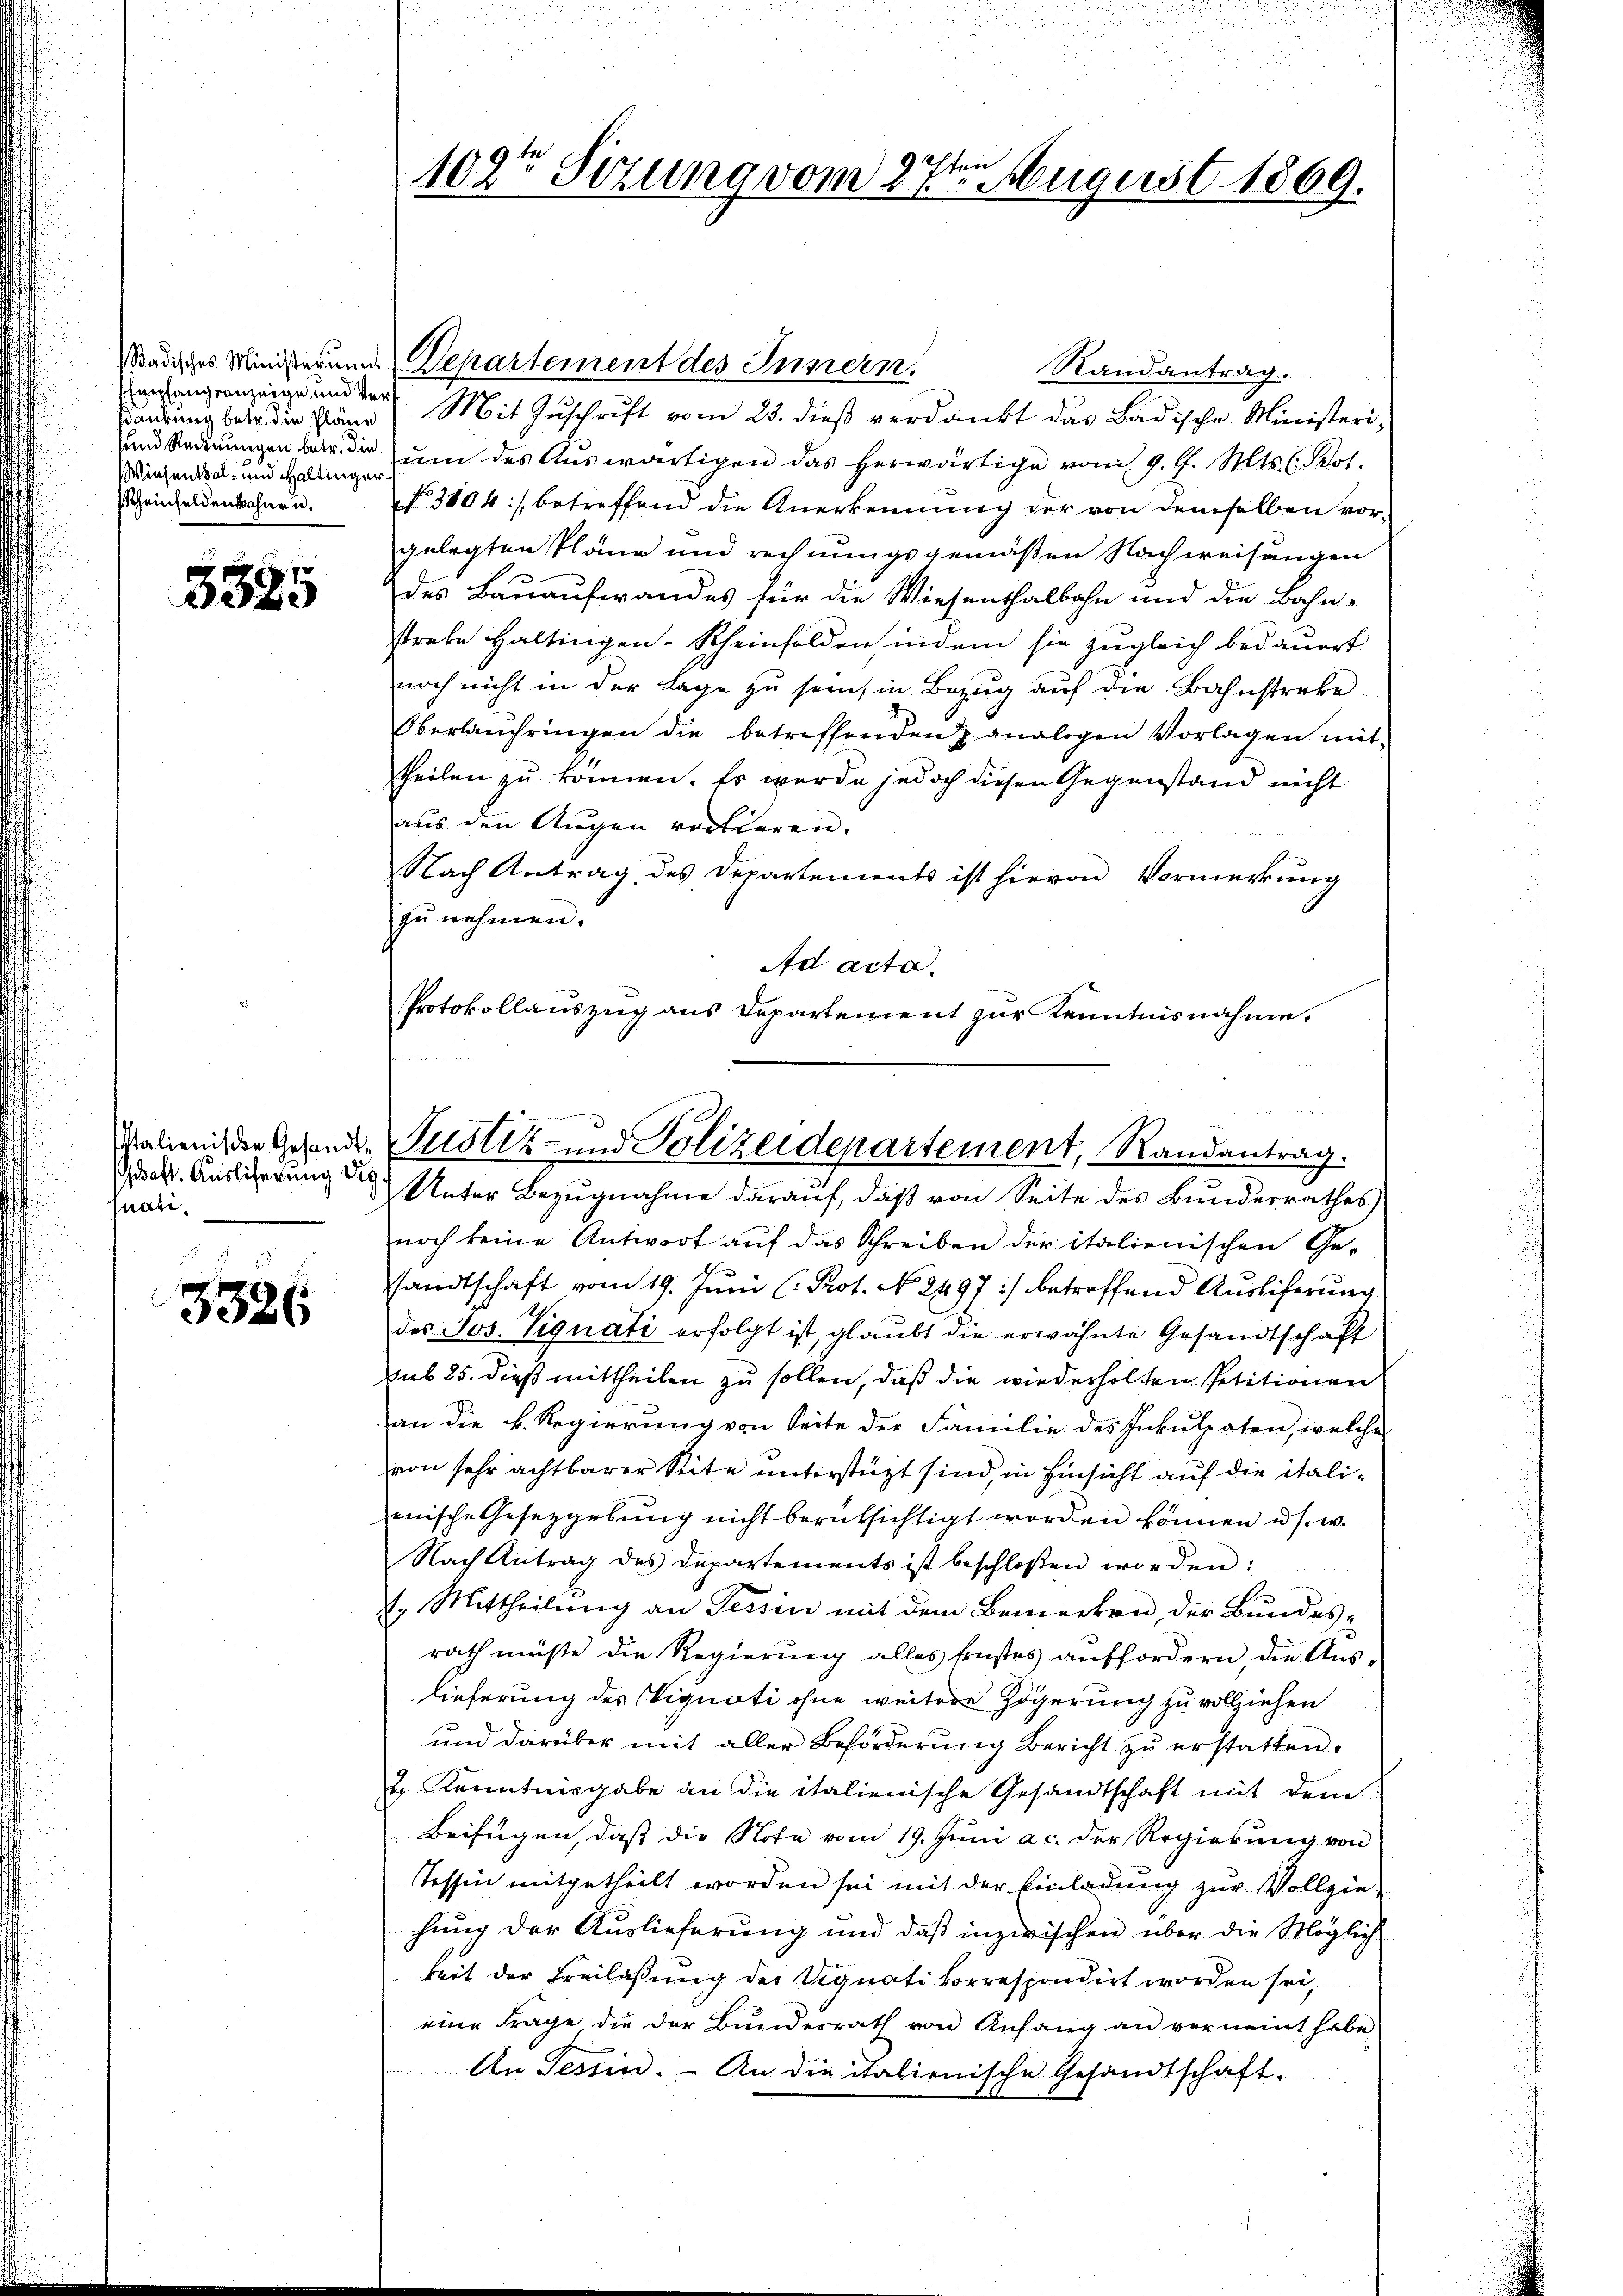
Empfangsanzeige und Ver¬
Wiesental- und Haltinger.
scheinfeldenbahnen.

3325

nati

3326

salienis den Gehende Justiz- und Polizeidepartement, Randantrag.
daß. Auslicherung der Unter Bezugnahme darauf, daß von Seite des Bundesrathes

102t Sizung vom 27ten August 1869.

Sadisches Ministerung. Departement des Innern.
Randantrag.
Wendung betr. die Bäne! Mit Zuschrift vom 23. dieß verdankt das Badische Ministeri¬
und Anderungen bei der um des Auswärtigen das herwärtige vom 9. d. Mts. (Pot.
No. 3104:/ betreffend die Anerkennung der von demselben vorgelegten Pläne und rechnungsgemäßen Nachweisungen
des Bauaufwandes für die Wiesenthalbahn und die Bahn-
strete Haltingen - Rheinfelden indem sie zugleich bedauert
noch nicht in der Lage zu sein, in Bezug auf die Bahnstreke
Oberlaufhringen die betreffenden & analogen Vorlagen mit
theilen zu können. Es wurde jedoch diesen Gegenstand nicht
aus den Augen vertieren.
Nach Antrag des Departements ist hievon Vormerkung
zŭ nehmen.
Ad Acta.
Protokollauszug aus Departement zur Kenntnisnahme.

noch keine Antwort auf das Schreiben der italienischen Gesandtschaft vom 19. Juni (: Prot. No 2497 :/ betreffend Auslieferung
des Jos. Vignati erfolgt ist, glaubt die erwähnte Gesandtschaft
sub 25. dieß mittheilen zu sollen, daß die wiederholten Petitionen
an die k. Regierung von Seite der Familie des Inkulpaten, welche
von sehr achtbarer Seite unterstüzt sind, in Hinsicht auf die italienische Gesetzgebung nicht berüksichtigt worden können u. s. w.
Nach Antrag des Departements ist beschloßen worden:
.
1. Mittheilung an Tessin mit dem Bemerken, der Bundesrath müßte die Regierung alles Ernstes auffordern, die Auslieferung des Vignati ohne weitere Zögerung zu vollziehen
und darüber mit aller Beförderŭng Bericht zŭ erstatten.
2. Kenntnisgabe an die italienische Gesandtschaft mit dem
Beifügen, daß die Note vom 19. Juni a. c. der Regierung von
Tessin mitgetheilt worden sei mit der Einladung zur Vollzie-
hung der Auslieferung und daß inzwischen über die Möglich
keit der Freilassung des Vignati korrespondirt worden sei,
eine Frage die der Bundesrath von Anfang an verneint habe.
An Tessin. - An die italienische Gesandtschaft.